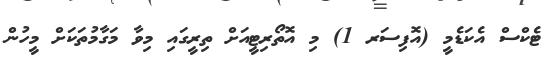
ޓެކްސް އެކަޑެމީ (އޮފިސަރ 1) މި އޮތޯރިޓީއަށް ތިރީގައި މިވާ މަގާމުތަކަށް މީހުން